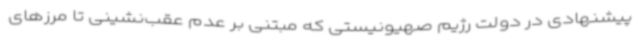
پیشنهادی در دولت رژیم صهیونیستی که مبتنی بر عدم عقب‌نشینی تا مرزهای